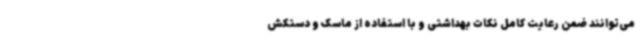
می‌توانند ضمن رعایت کامل نکات بهداشتی و با استفاده از ماسک و دستکش